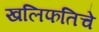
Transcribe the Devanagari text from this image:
खलिफतिचे